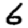
Digit: 6